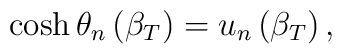
\cosh \theta _{n}\left( \beta_{T} \right) = u_{n}\left( \beta_{T} \right),